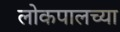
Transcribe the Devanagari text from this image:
लोकपालच्या